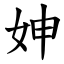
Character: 妽